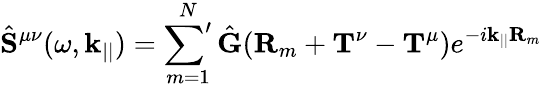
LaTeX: \hat{\mathbf{S}}^{\mu\nu}(\omega,\mathbf{k}_{||})=\sideset{}{'}\sum_{m=1}^{N}\hat{\mathbf{G}}(\mathbf{R}_{m}+\mathbf{T}^{\nu}-\mathbf{T}^{\mu})e^{-i\mathbf{k}_{||}\mathbf{R}_{m}}